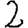
Digit: 2